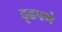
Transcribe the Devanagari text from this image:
दृढपणे